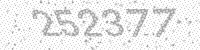
Solution: 252377